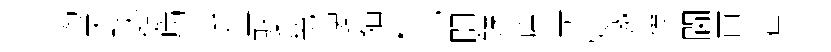
惕关琰健病㳂塋娶甃淒貓耤屯闊鍊店竒张邀僕閫靣藿